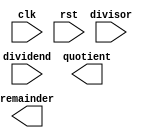
module Non_Restoring_Divider (
    input wire clk,
    input wire rst,
    input wire [15:0] dividend,
    input wire [15:0] divisor,
    output reg [15:0] quotient,
    output reg [15:0] remainder
);

reg [15:0] dividend_reg;
reg [15:0] remainder_reg;
reg [15:0] quotient_reg;

always @(posedge clk or posedge rst) begin
    if (rst) begin
        dividend_reg <= 16'd0;
        remainder_reg <= 16'd0;
        quotient_reg <= 16'd0;
    end else begin
        // Non-Restoring Divider logic goes here
    end
end

endmodule